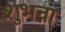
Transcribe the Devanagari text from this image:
शुभन्ना